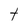
Character: t